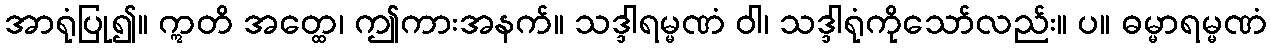
အာရုံပြု၍။ ဣတိ အတ္ထေ၊ ဤကားအနက်။ သဒ္ဒါရမ္မဏံ ဝါ၊ သဒ္ဒါရုံကိုသော်လည်း။ ပ။ ဓမ္မာရမ္မဏံ